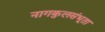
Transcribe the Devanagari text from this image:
नागकुलसंभूता